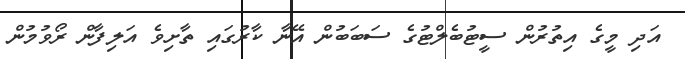
އަދި މީގެ އިތުރުން ސީޓުބެލްޓުގެ ސަބަބުން އޭނާ ކާރުގައި ތާށިވެ އަލިފާން ރޯވުމުން